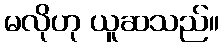
မလိုဟု ယူဆသည်။